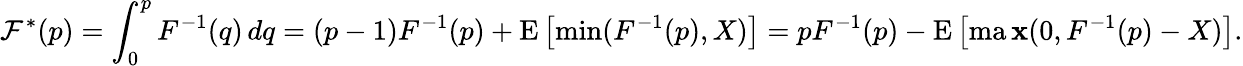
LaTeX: \mathcal{F}^{*}(p)=\int_{0}^{p}F^{-1}(q)\, dq=(p-1)F^{-1}(p)+\operatorname{E}\left[\operatorname*{min}(F^{-1}(p),X)\right]=pF^{-1}(p)-\operatorname{E}\left[\operatorname*{ma\mathbf{x}}(0,F^{-1}(p)-X)\right].